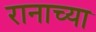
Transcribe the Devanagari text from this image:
रानाच्या